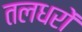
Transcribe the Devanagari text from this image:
तलधरों